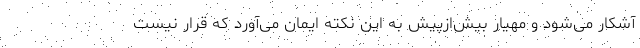
آشکار می‌شود و مهیار بیش‌ازپیش به این نکته ایمان می‌آورد که قرار نیست